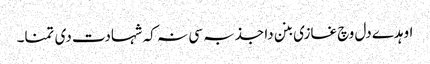
اوہدے دل وچ غازی بنن دا جذبہ سی نہ کہ شہادت دی تمنا۔